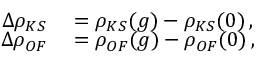
\begin{array} { r l } { \Delta \rho _ { K S } } & { { } = \rho _ { K S } ( g ) - \rho _ { K S } ( 0 ) \, , } \\ { \Delta \rho _ { O F } } & { { } = \rho _ { O F } ( g ) - \rho _ { O F } ( 0 ) \, , } \end{array}